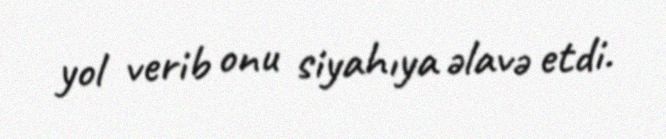
yol verib onu siyahıya əlavə etdi.